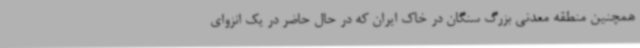
همچنین منطقه معدنی بزرگ سنگان در خاک ایران که در حال حاضر در یک انزوای